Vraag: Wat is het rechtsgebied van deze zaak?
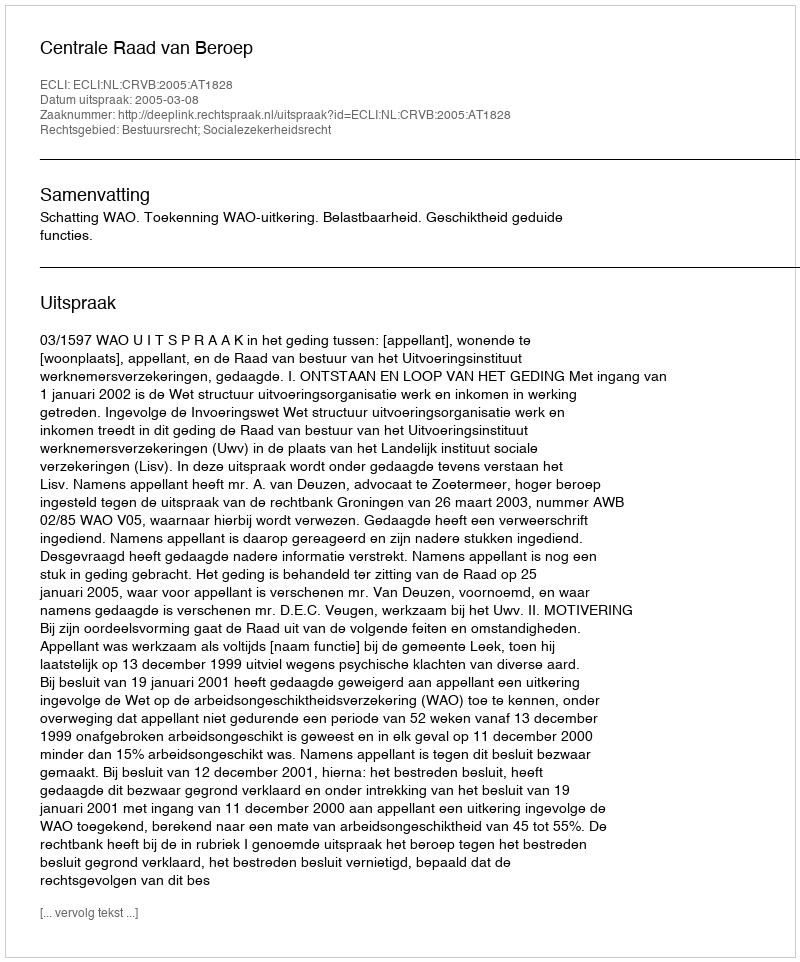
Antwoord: Bestuursrecht; Socialezekerheidsrecht